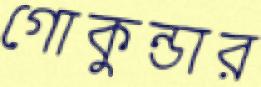
গোকুন্ডার